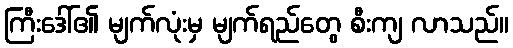
ကြီးဒေါ်၏ မျက်လုံးမှ မျက်ရည်တွေ စီးကျ လာသည်။